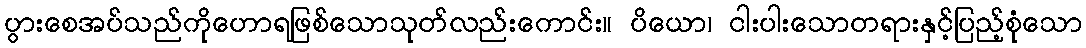
ပွားစေအပ်သည်ကိုဟောရဖြစ်သောသုတ်လည်းကောင်း။ ပိယော၊ ငါးပါးသောတရားနှင့်ပြည့်စုံသော